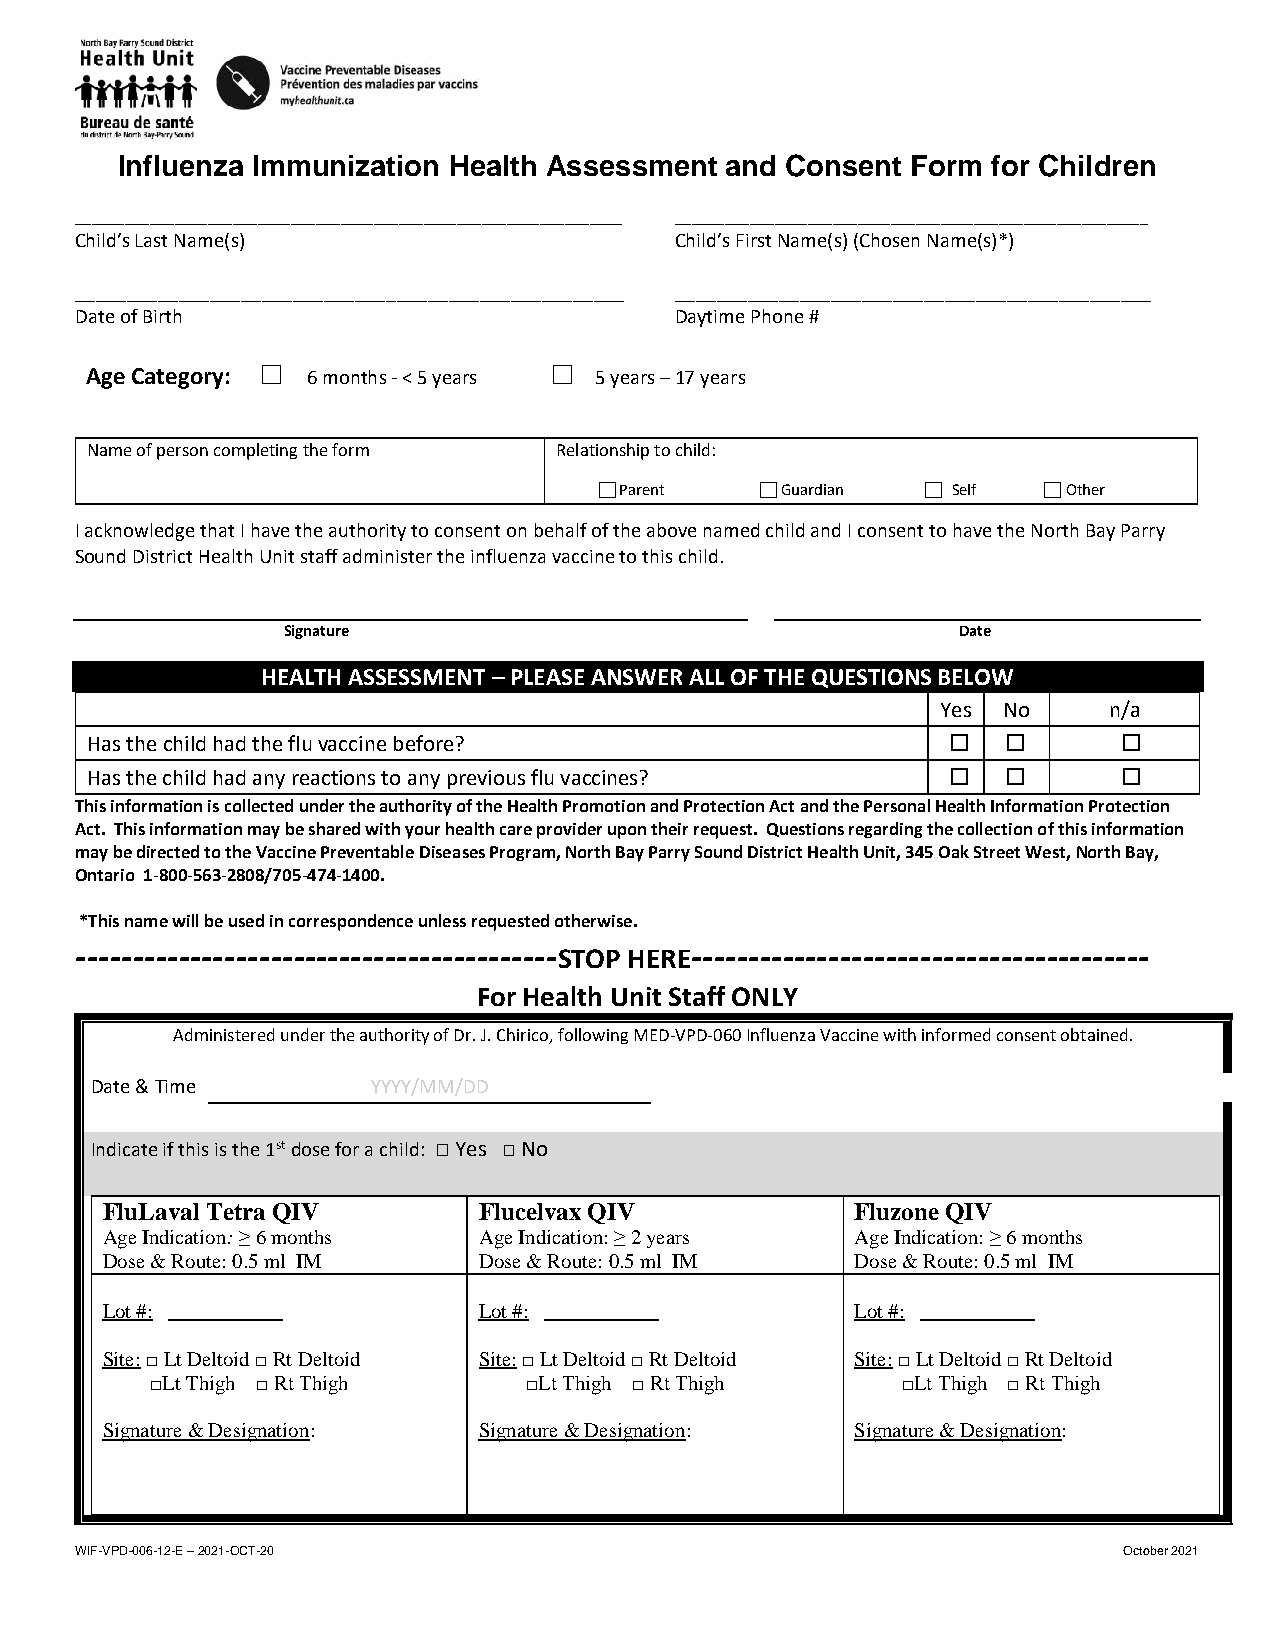
Influenza Immunization Health Assessment and Consent Form for Children
 __________________________________________________________________ _________________________________________________________
 Child’s Last Name(s)                    Child’s First Name(s) (Chosen Name(s)*)
 _____________________________________________________ ______________________________________________
 Date of Birth                           Daytime Phone #
 □                  □
 Age Category: 6 months - < 5 years 5 years – 17 years
 Name of person completing the form Relationship to child:
  Parent   Guardian  Self   Other
 I acknowledge that I have the authority to consent on behalf of the above named child and I consent to have the North Bay Parry
 Sound District Health Unit staff administer the influenza vaccine to this child.
 Signature                                   Date
 HEALTH ASSESSMENT – PLEASE ANSWER ALL OF THE QUESTIONS BELOW
 Yes No     n/a
 Has the child had the flu vaccine before?                         
 Has the child had any reactions to any previous flu vaccines?     
 This information is collected under the authority of the Health Promotion and Protection Act and the Personal Health Information Protection
 Act. This information may be shared with your health care provider upon their request. Questions regarding the collection of this information
 may be directed to the Vaccine Preventable Diseases Program, North Bay Parry Sound District Health Unit, 345 Oak Street West, North Bay,
 Ontario 1-800-563-2808/705-474-1400.
 *This name will be used in correspondence unless requested otherwise.
 ------------------------------------------STOP HERE----------------------------------------
 For Health Unit Staff ONLY
 Administered under the authority of Dr. J. Chirico, following MED-VPD-060 Influenza Vaccine with informed consent obtained.
 Date & Time        YYYY/MM/DD
 Indicate if this is the 1st dose for a child: □ Yes □ No
 FluLaval Tetra QIV       Flucelvax QIV            Fluzone QIV
 Age Indication: ≥ 6 months Age Indication: ≥ 2 years Age Indication: ≥ 6 months
 Dose & Route: 0.5 ml IM  Dose & Route: 0.5 ml IM  Dose & Route: 0.5 ml IM
 Lot #: ___________       Lot #: ___________       Lot #: ___________
 Site: □ Lt Deltoid □ Rt Deltoid Site: □ Lt Deltoid □ Rt Deltoid Site: □ Lt Deltoid □ Rt Deltoid
 □Lt Thigh □ Rt Thigh     □Lt Thigh □ Rt Thigh     □Lt Thigh □ Rt Thigh
 Signature & Designation: Signature & Designation: Signature & Designation:
 WIF-VPD-006-12-E – 2021-OCT-20                                       October 2021